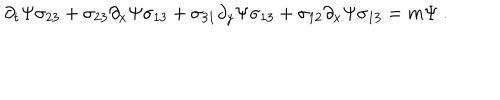
LaTeX: \partial _ { t } \Psi \sigma _ { 2 3 } + \sigma _ { 2 3 } \partial _ { x } \Psi \sigma _ { 1 3 } + \sigma _ { 3 1 } \partial _ { y } \Psi \sigma _ { 1 3 } + \sigma _ { 1 2 } \partial _ { x } \Psi \sigma _ { 1 3 } = m \Psi ~ .